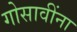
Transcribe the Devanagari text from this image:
गोसावींना